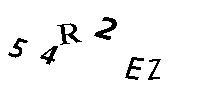
54R2EZ